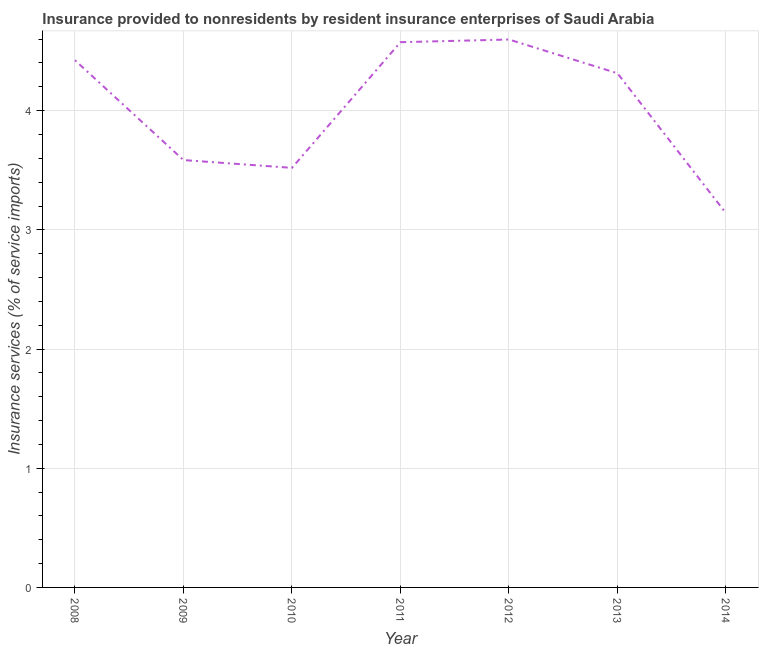
| Year | Insurance and financial services |
 | --- | --- |
 | 2008 | 4.42 |
 | 2009 | 3.59 |
 | 2010 | 3.52 |
 | 2011 | 4.57 |
 | 2012 | 4.6 |
 | 2013 | 4.31 |
 | 2014 | 3.14 |